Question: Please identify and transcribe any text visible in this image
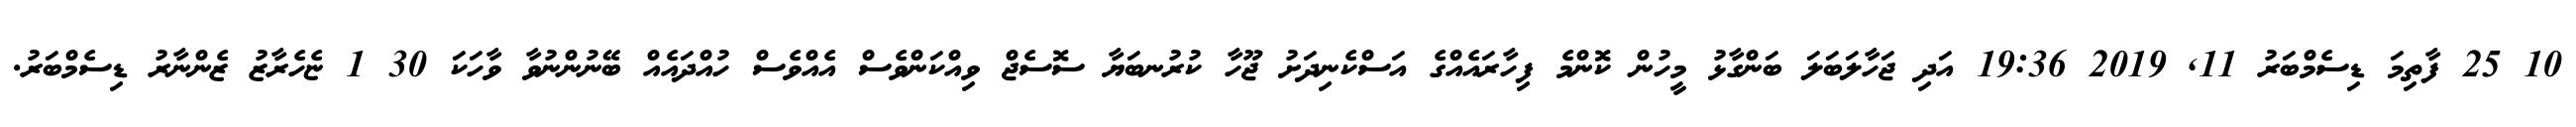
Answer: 10 25 ފާތިމަ ޑިސެމްބަރު 11, 2019 19:36 އަދި ޖަހާލަބަލަ ބަންގާޅު މީހުން ކޮންމެ ފިހާރައެއްގެ އަސްކެނިދަށު ޖޫހާ ކުރުނބަޔާ ސޮސެޖް ވިއްކަންވެސް އެއްވެސް ހުއްދައެއް ބޭނުންނުވާ ވާހަކަ 30 1 ޏެހެރާޒު ޒެންނާރު ޑިސެމްބަރު.